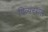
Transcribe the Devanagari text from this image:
दिव्यस्थल